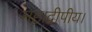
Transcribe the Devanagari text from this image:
महाद्वीपीय।